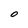
Character: O